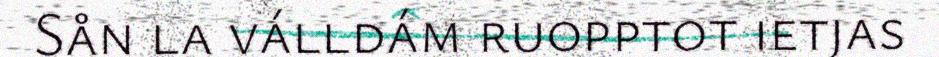
Sån la válldám ruopptot ietjas